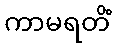
ကာမရတိံ